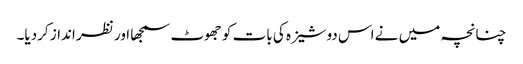
چنانچہ میں نے اس دوشیزہ کی بات کو جھوٹ سمجھا اور نظر انداز کردیا۔